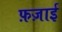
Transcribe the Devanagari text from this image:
फ़ज़ाई